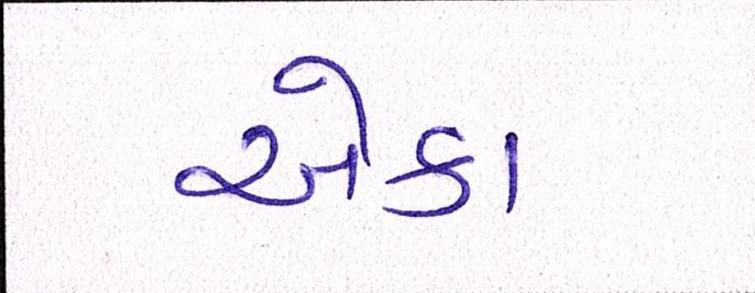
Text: એકા